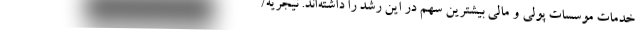
خدمات موسسات پولی و مالی بیشترین سهم در این رشد را داشته‌اند. نیجریه/